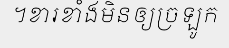
។ខារខាំងមិនឲ្យច្រឡូក